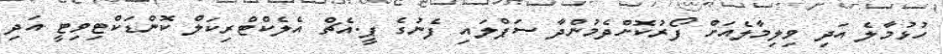
ހުޅުމާލެ އަދި ވިލިމާލެއަށް ފޯރުކޮށްދެމުންދާ ސަޕްލައި ފެނުގެ ޕީ.އެޗް އެލެކްޓްރިކަލް ކޮންޑަކްޓިވިޓީ އަދި